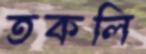
তকলি